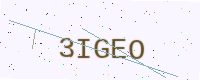
Text: 3IGEO